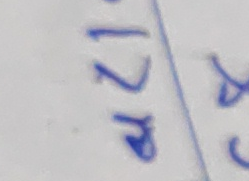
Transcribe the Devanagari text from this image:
१२